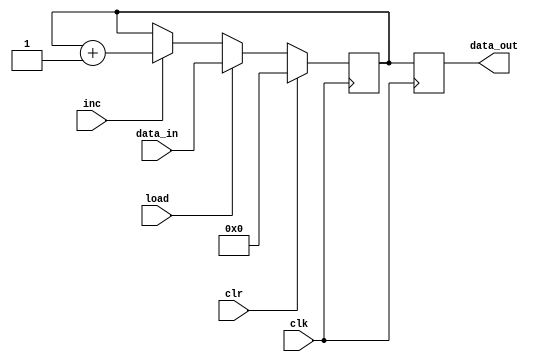
module data_reg( data_in, clk, load, clr, inc,data_out);
output reg [15:0]data_out;
input [15:0] data_in;
input clk, load, inc, clr;
reg [15:0] temp;
always @ (posedge clk)

if(clr)
temp <= 12'b0;
else if(load)
temp <= data_in;
else if(inc)
temp <= temp +1'b1;

always @ (posedge clk)
data_out <= temp;

endmodule